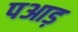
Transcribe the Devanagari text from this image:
पआड़